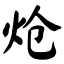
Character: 炝